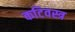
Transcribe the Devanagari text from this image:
कटिवस्त्र